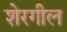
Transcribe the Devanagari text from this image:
शेरगील